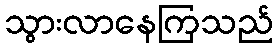
သွားလာနေကြသည်